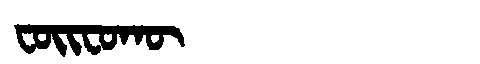
Manchu: ᠸᠣᡳᠸᠣᡴᡡ
Romanization: FOIFOKŪ